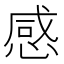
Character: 感